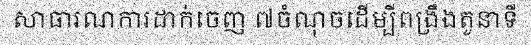
សាធារណការដាក់ចេញ ៧ចំណុចដើម្បីពង្រឹងតួនាទី